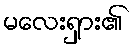
မလေးရှား၏